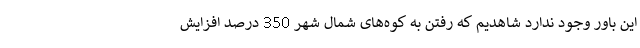
این باور وجود ندارد شاهدیم که رفتن به کوه‌های شمال شهر 350 درصد افزایش